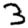
Digit: 3